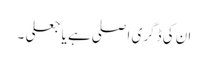
ان کی ڈگری اصلی ہے یا جعلی ۔